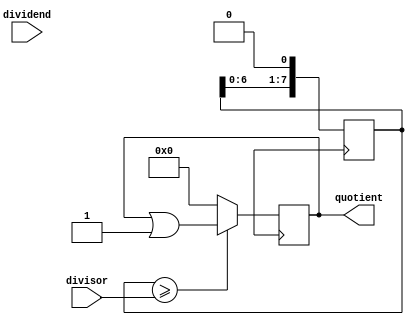
module synchronous_divider (
   input [7:0] dividend,
   input [7:0] divisor,
   output reg [7:0] quotient
);

reg [7:0] remainder;
reg [7:0] count;

always @ (posedge clk) begin
   count <= 8'b00000001;
   remainder <= dividend;
   quotient <= 8'b00000000;
   
   for (count = 0; count < 8; count = count + 1) begin
      if (remainder >= divisor) begin
         remainder <= remainder - divisor;
         quotient <= quotient | (1 << (7 - count));
      end
      remainder <= remainder << 1;
   end
end

endmodule